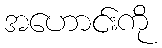
အဟောင်းကို